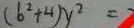
( b ^ { 2 } + 4 ) y ^ { 2 } =